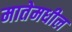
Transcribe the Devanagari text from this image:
मातेमधील